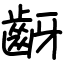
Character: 齖